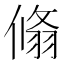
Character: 翛